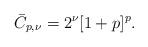
LaTeX: \begin{align*}\bar C_{p, \nu} = 2^{\nu}[1+p]^p.\end{align*}